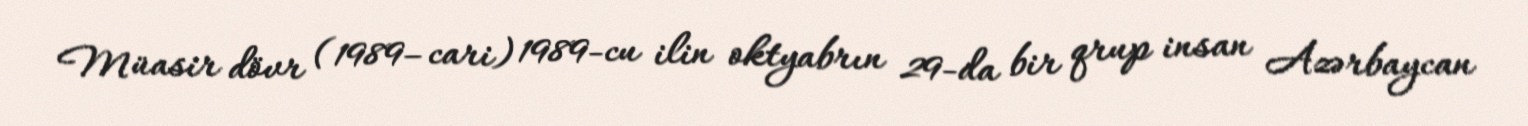
Müasir dövr (1989–cari) 1989-cu ilin oktyabrın 29-da bir qrup insan Azərbaycan